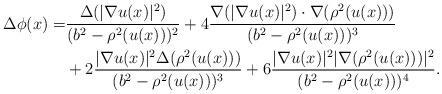
LaTeX: \begin{align*} \Delta\phi(x)=&\frac{\Delta(|\nabla u(x)|^2)}{(b^2-\rho^2(u(x)))^2}+4\frac{\nabla(|\nabla u(x)|^2)\cdot\nabla(\rho^2(u(x)))}{(b^2-\rho^2(u(x)))^3}\\ &+2\frac{|\nabla u(x)|^2\Delta(\rho^2(u(x)))}{(b^2-\rho^2(u(x)))^3}+6\frac{|\nabla u(x)|^2|\nabla(\rho^2(u(x)))|^2}{(b^2-\rho^2(u(x)))^4}.\end{align*}